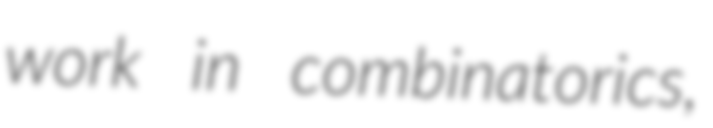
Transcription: work in combinatorics,